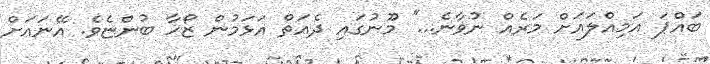
ބައްޕަ އަމިއްލައަށް މަރެއް ނުވާނެ...'' މޫނުގައި ދެއަތް އަޅަމުން ޒޯހާ ބުންޏެވެ. އޭނައަށް